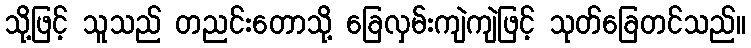
သို့ဖြင့် သူသည် တညင်းတောသို့ ခြေလှမ်းကျဲကျဲဖြင့် သုတ်ခြေတင်သည်။